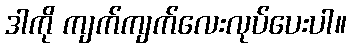
ဒါကို ကျက်ကျက်လေးလုပ်ပေးပါ။